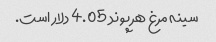
سینه مرغ هر پوند 4.05 دلار است.